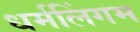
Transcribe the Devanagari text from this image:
धर्मलिंगम